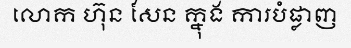
លោក ហ៊ុន សែន ក្នុង ការបំផ្លាញ